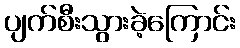
ပျက်စီးသွားခဲ့ကြောင်း